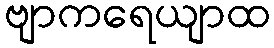
ဗျာကရေယျာထ